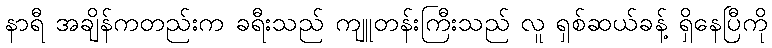
နာရီ အချိန်ကတည်းက ခရီးသည် ကျူတန်းကြီးသည် လူ ရှစ်ဆယ်ခန့် ရှိနေပြီကို